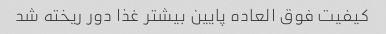
کیفیت فوق العاده پایین بیشتر غذا دور ریخته شد